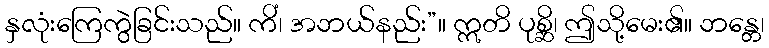
နှလုံးကြေကွဲခြင်းသည်။ ကိံ၊ အဘယ်နည်း”။ ဣတိ ပုစ္ဆိ၊ ဤသို့မေး၏။ ဘန္တေ၊